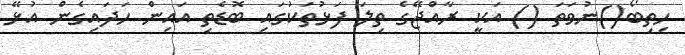
ހިތިބޯ()ނުވަތަ () އަކީ ރާއްޖޭގެ ތިލަ ފަޅުތަކުގައި ބޮޑެތި އައިން ހަދައިގެން އުޅޭ